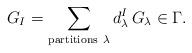
LaTeX: \begin{align*}G_I = \sum_{\mathrm{partitions}~\lambda} d_{\lambda}^I \, G_\lambda \in \Gamma.\end{align*}